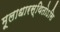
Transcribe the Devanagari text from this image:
मूलाधारस्थितोऽसि